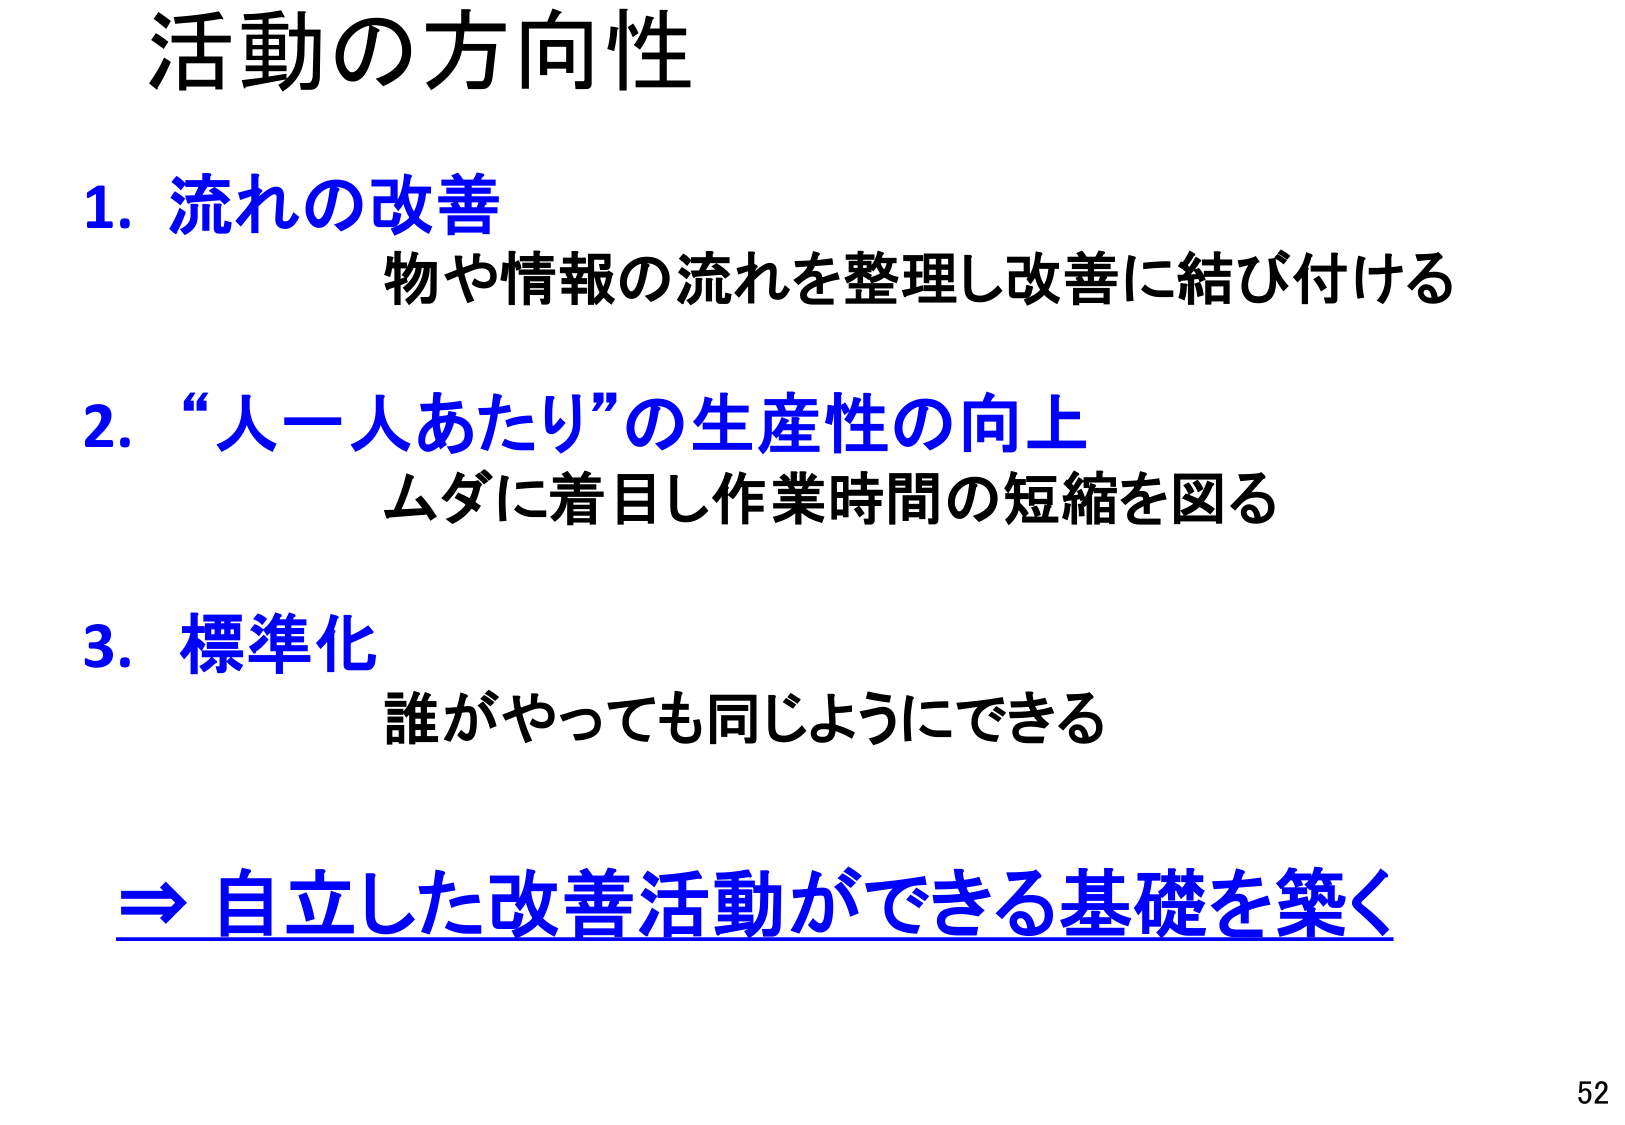
活動の方向性

1. 流れの改善
　物や情報の流れを整理し改善に結び付ける

2. “人一人あたり”の生産性の向上
　ムダに着目し作業時間の短縮を図る

3. 標準化
　誰がやっても同じようにできる

⇒ 自立した改善活動ができる基礎を築く

52